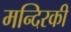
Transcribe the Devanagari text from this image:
मन्दिरकी